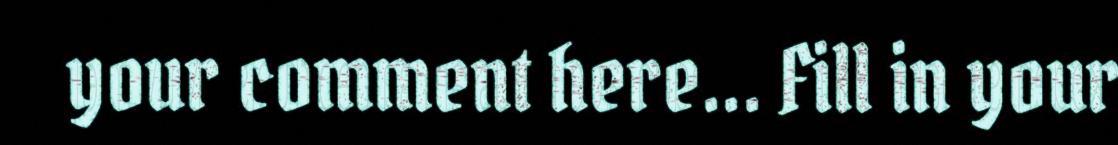
your comment here... Fill in your